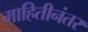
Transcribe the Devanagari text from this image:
माहितीनंतर